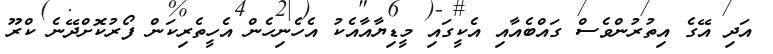
އަދި އޭގެ އިތުރުންވެސް ގައްބެއާއި އެކީގައި މީޑިޔާއާއެކު އެހެނިހެން އެހީތެރިކަން ފޯރުކޮށްދޭނެ ކްރޫ